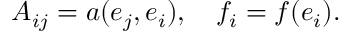
A _ { i j } = a ( e _ { j } , e _ { i } ) , \quad f _ { i } = f ( e _ { i } ) .